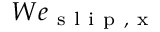
W e _ { \mathrm { ~ s ~ l ~ i ~ p ~ , ~ x ~ } }